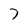
Character: 7